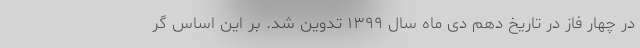
در چهار فاز در تاریخ دهم دی ماه سال ۱۳۹۹ تدوین شد. بر این اساس گر